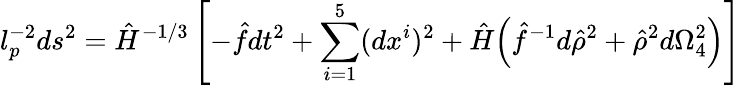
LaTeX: l_{p}^{-2}ds^{2}=\hat{H}^{-1/3}\left[-\hat{f}dt^{2}+\sum_{i=1}^{5}(dx^{i})^{2}+\hat{H}\Big(\hat{f}^{-1}d\hat{\rho}^{2}+\hat{\rho}^{2}d\Omega_{4}^{2}\Big)\right]